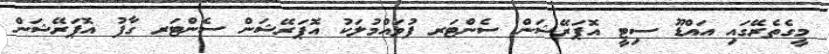
މީގެތެރޭގައި އައްޑޫ ސިޓީ އޮޕަރޭޝަން ސެންޓަރ ފުވައްމުލަކު އޮޕަރޭޝަން ސެންޓަރ ގާފު އޮޕަރޭޝަން